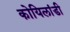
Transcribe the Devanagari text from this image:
कोयिलांडी